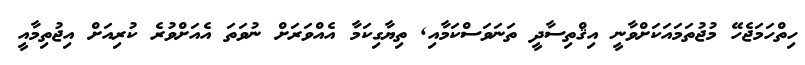
ހިތްހަމަޖެހޭ މުޖުތަމައަކަށްވާނީ އިޤްތިސާދީ ތަނަވަސްކަމާއި